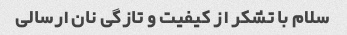
سلام با تشکر از کیفیت و تازگی نان ارسالی